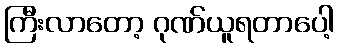
ကြီးလာတော့ ဂုဏ်ယူရတာပေါ့